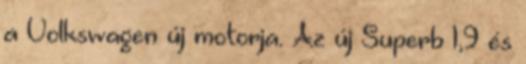
a Volkswagen új motorja. Az új Superb 1,9 és